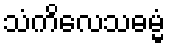
သံကိလေသဓမ္မံ